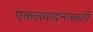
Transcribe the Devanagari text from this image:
एकलवादनासाठी